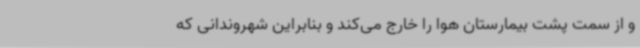
و از سمت پشت بیمارستان هوا را خارج می‌کند و بنابراین شهروندانی که